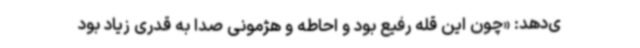
ی‌دهد: «چون این قله رفیع بود و احاطه و هژمونی صدا به قدری زیاد بود